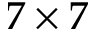
7 \times 7